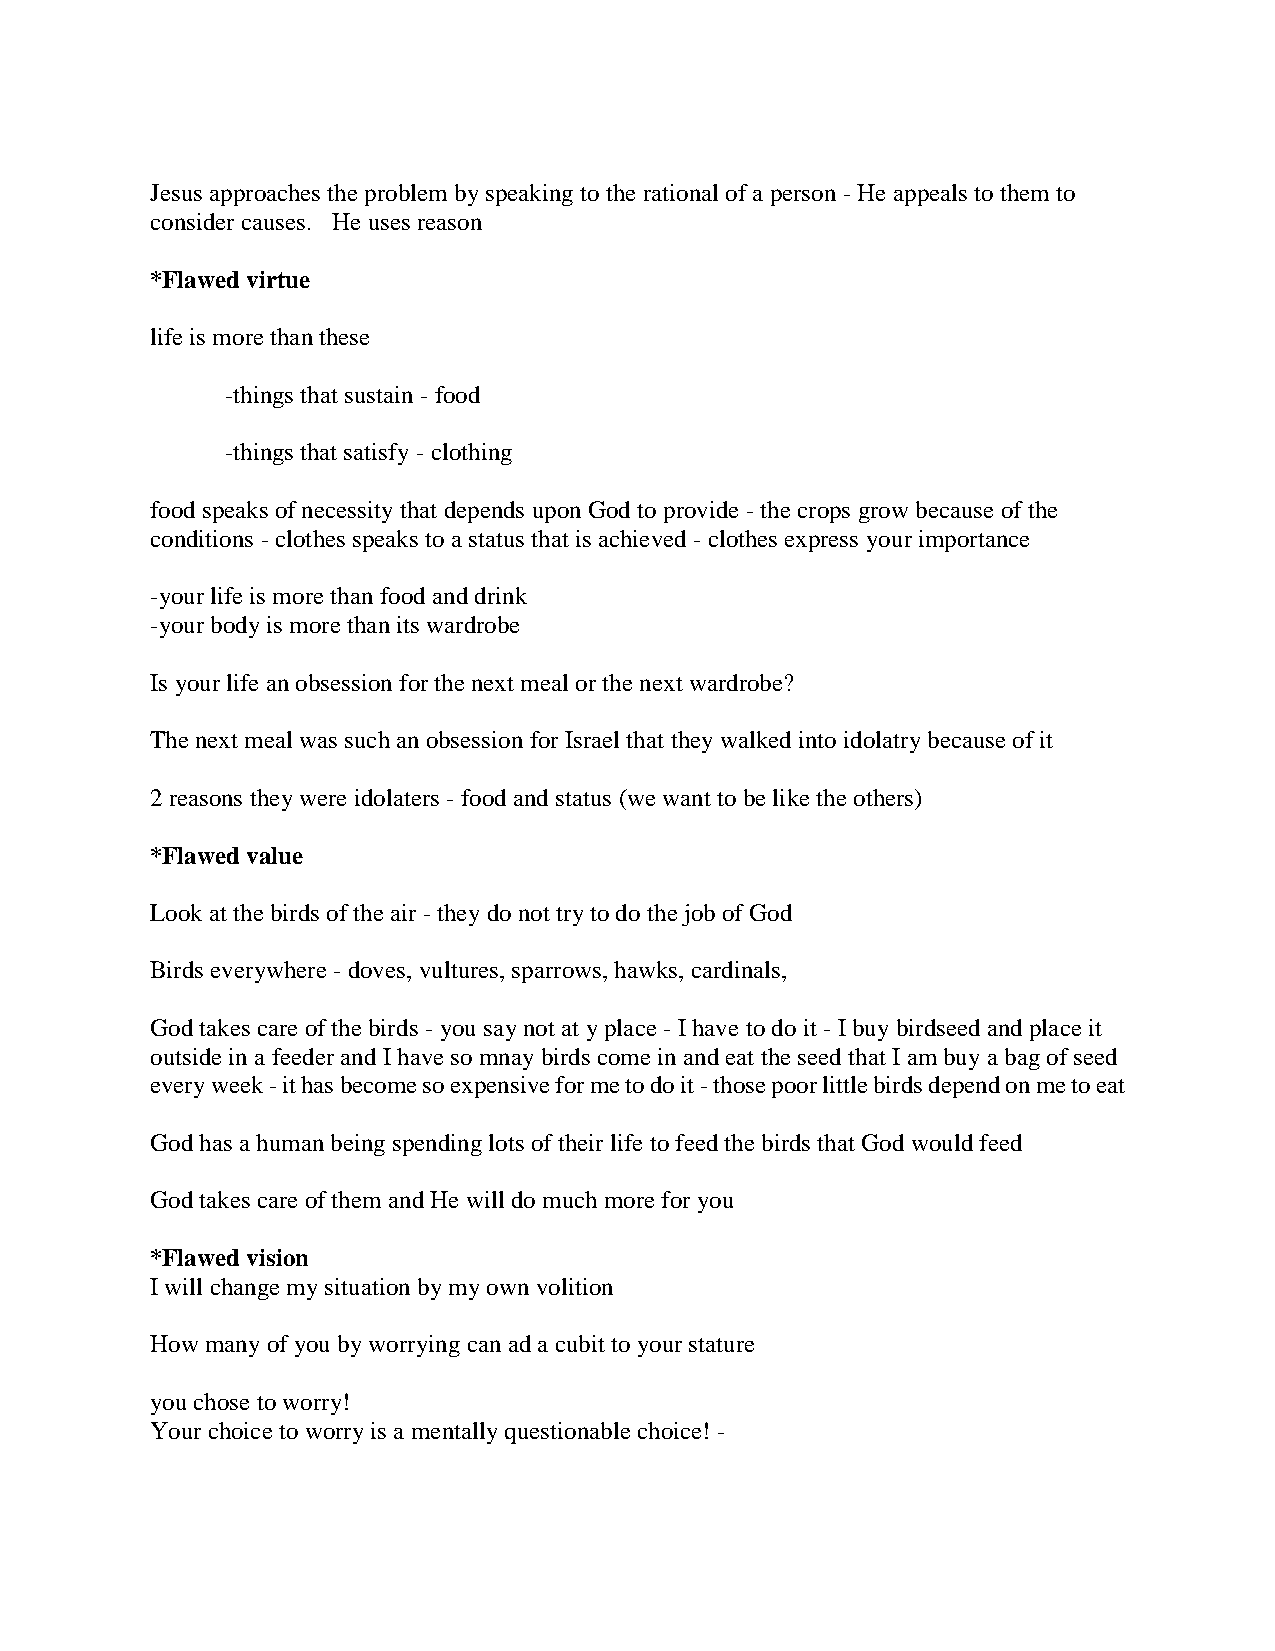
Jesus approaches the problem by speaking to the rational of a person - He appeals to them to
 consider causes. He uses reason
 *Flawed virtue
 life is more than these
 -things that sustain - food
 -things that satisfy - clothing
 food speaks of necessity that depends upon God to provide - the crops grow because of the
 conditions - clothes speaks to a status that is achieved - clothes express your importance
 -your life is more than food and drink
 -your body is more than its wardrobe
 Is your life an obsession for the next meal or the next wardrobe?
 The next meal was such an obsession for Israel that they walked into idolatry because of it
 2 reasons they were idolaters - food and status (we want to be like the others)
 *Flawed value
 Look at the birds of the air - they do not try to do the job of God
 Birds everywhere - doves, vultures, sparrows, hawks, cardinals,
 God takes care of the birds - you say not at y place - I have to do it - I buy birdseed and place it
 outside in a feeder and I have so mnay birds come in and eat the seed that I am buy a bag of seed
 every week - it has become so expensive for me to do it - those poor little birds depend on me to eat
 God has a human being spending lots of their life to feed the birds that God would feed
 God takes care of them and He will do much more for you
 *Flawed vision
 I will change my situation by my own volition
 How many of you by worrying can ad a cubit to your stature
 you chose to worry!
 Your choice to worry is a mentally questionable choice! -